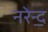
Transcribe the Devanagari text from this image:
नरेन्द॒